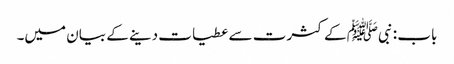
باب : نبیﷺ کے کثرت سے عطیات دینے کے بیان میں۔